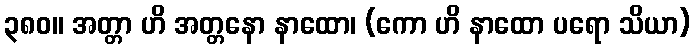
၃၈၀။ အတ္တာ ဟိ အတ္တနော နာထော၊ (ကော ဟိ နာထော ပရော သိယာ)